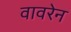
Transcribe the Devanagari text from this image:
वावरेन